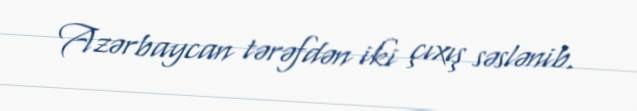
Azərbaycan tərəfdən iki çıxış səslənib.